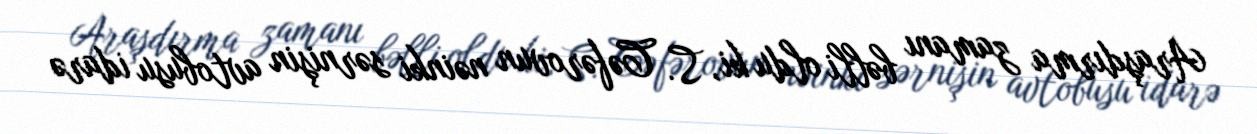
Araşdırma zamanı bəlli oldu ki, S. Cəfərovun nəinki sərnişin avtobusu idarə